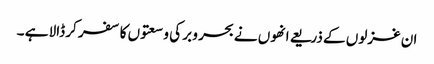
ان غزلوں کے ذریعے انھوں نے بحر و بر کی وسعتوں کا سفر کر ڈالا ہے ۔